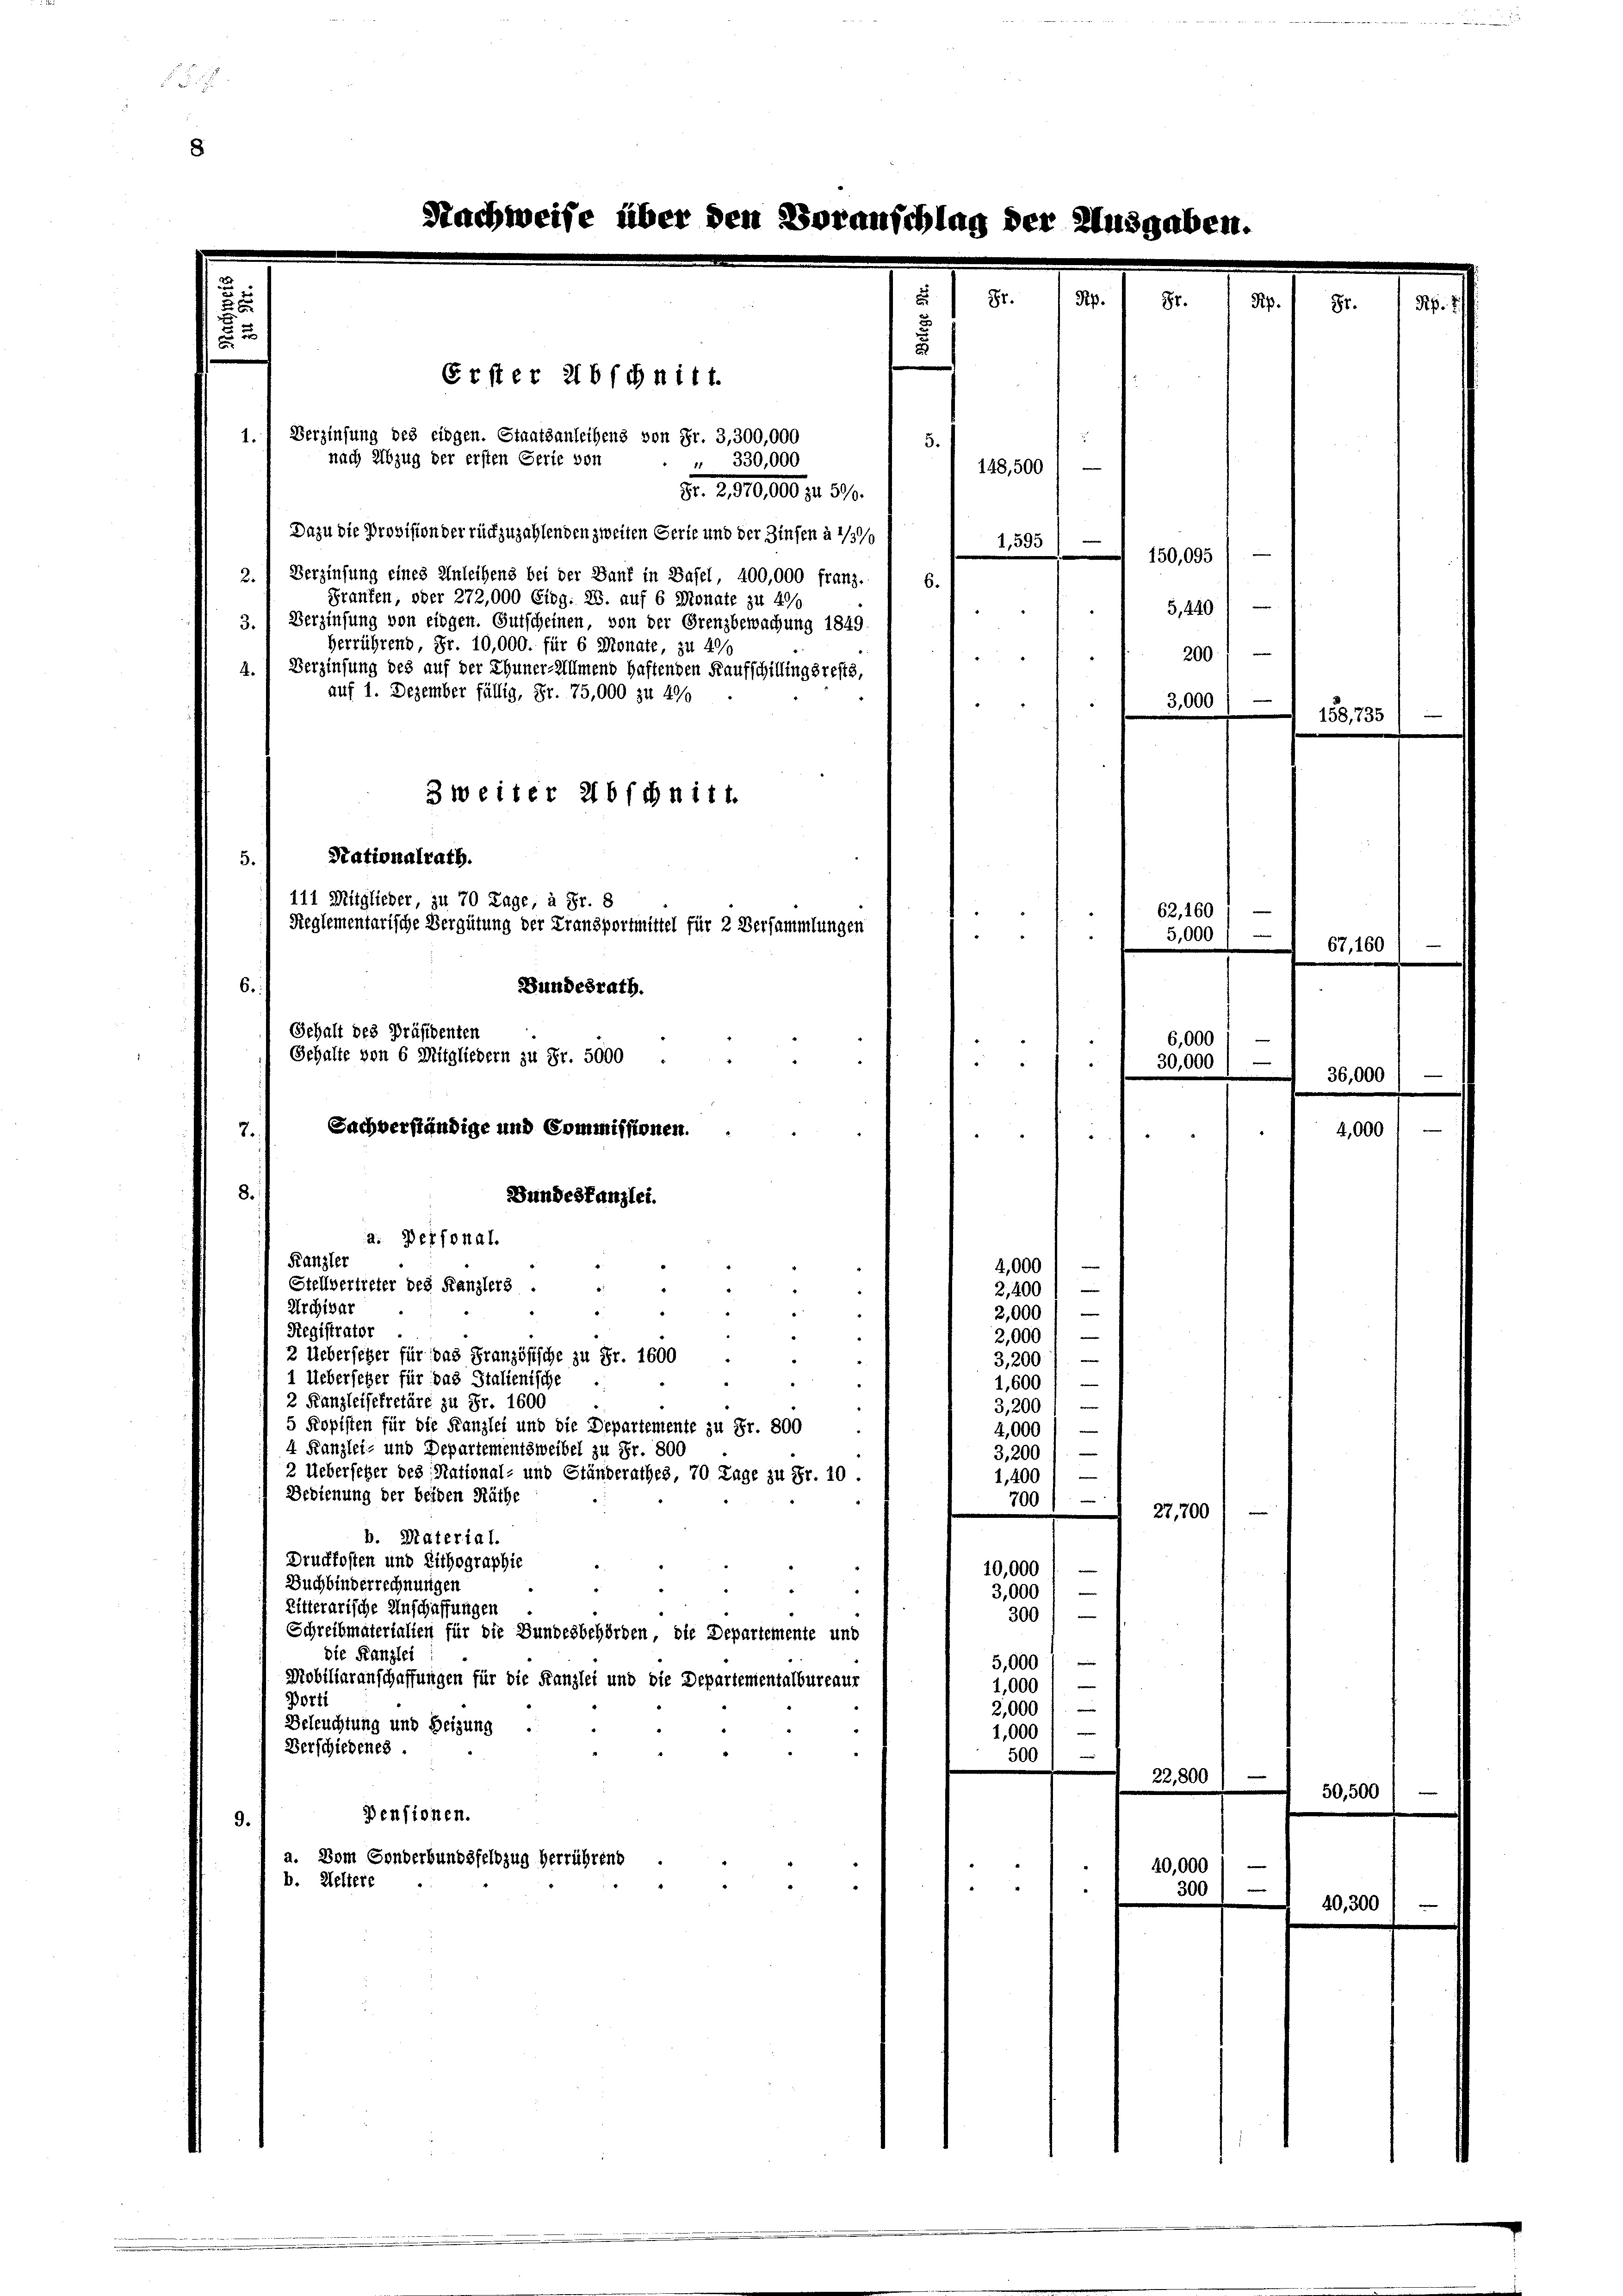
Erster abschnitt.
Verzinsung des eidgen. Staatsanleihens von Fr. 3,300,000
1.
nach Abzug der ersten Serie von
" 330,000

3. (Verzinsung von eidgen. Gutscheinen, von der Grenzbewachung 1849.
herrührend, Fr. 10,000. für 6 Monate, zu 4%
Verzinsung des auf der Thuner-Almend haftenden Kaufschillingsrests,
4.
auf 1. Dezember fällig, Fr. 75,000 zu 400
3 weiter 216 schnitt.
Stationalrath.
111 Mitglieder, zu 70 Lage, à Fr. 8
Reglementarische Vergütung der Fransportmittel für 2 Versammlungen
.
Kanzler
4,000
Stellvertreter des Kanzlers.
2,400
Archivar
2,000
Registrator
2,000
2 Uebersetzer für das Französische zu Fr. 1600
3,200
1 Ueberseher für das Stalienische
e
1,600
2 Kanzleisekretäre zu Fr. 1600
3,200)
5 Kopisten für die Kanzlei und die Departemente zu Fr. 800
4,000 /
4 Kanzlei- und Departementsweibel zu Fr. 800
3,200). —
2 Ueberseher des National- und Ständerathes, 70 Lage zu Fr. 10.
1,400
Bedienung der beiden Räthe
700
e
b. Material.
Druckkosten und Lithographie
10,000 l —
Buchbinderrechnungen
d
3,000
Ritterarische Anschaffungen
300)
Schreibmaterialien für die Bundesbehörden, die Departemente und
die Kanzlei
5,000 f
Mobiliaranschaffungen für die Kanzlei und die Departementalbureaur
1,000
Porti
e
2,000
Beleuchtung und Heizung .
1,000
Verschiedenes.
500
e
Pensionen.
9.
a. Dem Gonderbungsfeldzug herrührend
b. Weltere

5.

6./
Bundesrath.
Gehalt des Präsidenten
Gehalte von 6 Mitgliedern zu Fr. 5000 .
Sachverständige und Commissionen.
7.
8.
Bundestanzlei.
a. Personal

Nachweise über den Voranschlag der Ausgaber

Gr.

.
5.
148,500
Nr. 2, 10. 100 f. 510.
Dazu die Provision der rückzuzahlenden zweiten Gerie und der Zinsen à 1/37/
1,595)
150,095
2.) Verzinsung eines Anleihens bei der Banf in Basel, 400,000 franz. I 6.
Franten, oder 272,000 Eidg. 28. auf 6 Monate zu 400

i

5,440
200
—
3,000

62. 160
5,000

6,000
30,000

27,700

22,800

300

40,000

158, 735

67, 1

50,500